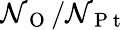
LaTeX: \mathcal{N}_{\mathrm{{~O~}}}/\mathcal{N}_{\mathrm{{~P~t~}}}